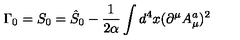
\Gamma _ { 0 } = S _ { 0 } = \hat { S } _ { 0 } - \frac 1 { 2 \alpha } \int d ^ { 4 } x ( \partial ^ { \mu } A _ { \mu } ^ { a } ) ^ { 2 }